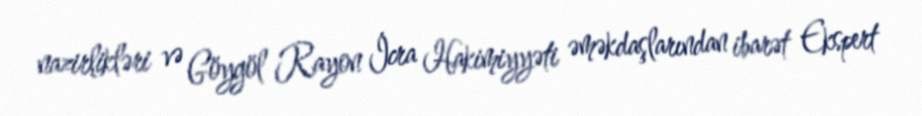
nazirlikləri və Göygöl Rayon İcra Hakimiyyəti əməkdaşlarından ibarət Ekspert